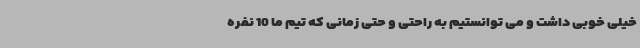
خیلی خوبی داشت و می توانستیم به راحتی و حتی زمانی که تیم ما 10 نفره